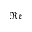
\mathfrak { R e }